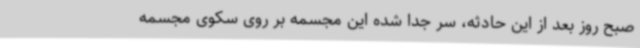
صبح روز بعد از این حادثه، سر جدا شده این مجسمه بر روی سکوی مجسمه